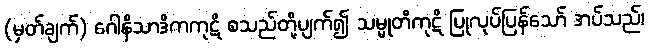
(မှတ်ချက်) ဂေါနိသာဒိကကုဋိ စသည်တို့ပျက်၍ သမ္မုတိကုဋိ ပြုလုပ်ပြန်သော် အပ်သည်၊